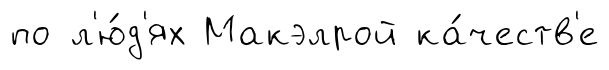
по л'ю́д'ях Макэлрой ка́честв'е